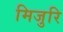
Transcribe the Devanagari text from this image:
मिजुरि